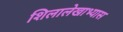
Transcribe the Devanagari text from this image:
शिलालेखाभ्यास